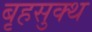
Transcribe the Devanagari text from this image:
बृहसुक्थ